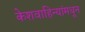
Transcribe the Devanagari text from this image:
केशवाहिन्यांमधून